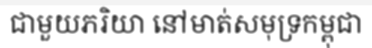
ជាមួយភរិយា នៅមាត់សមុទ្រកម្ពុជា